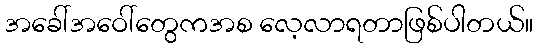
အခေါ်အဝေါ်တွေကအစ လေ့လာရတာဖြစ်ပါတယ်။